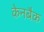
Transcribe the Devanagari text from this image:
केनबैक